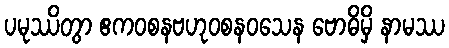
ပမုဿိတွာ ဧကဝစနဗဟုဝစနဝသေန ဗောဓိမှိ နာမဿ